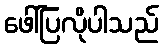
ဖေါ်ပြလိုပါသည်